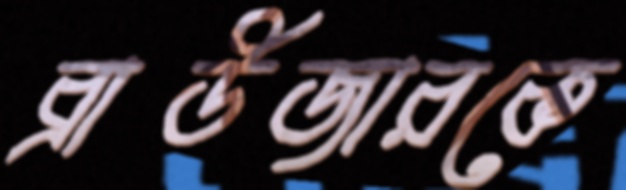
ব্রাউজারকে